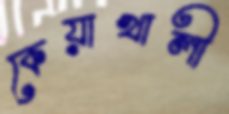
কেয়াখালী